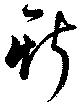
斯